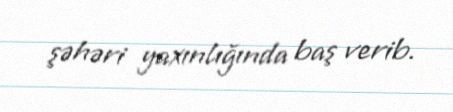
şəhəri yaxınlığında baş verib.